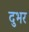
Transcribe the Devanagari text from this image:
दुभर